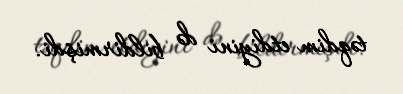
təqdim etdiyini də bildirmişdi.